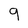
Character: 9